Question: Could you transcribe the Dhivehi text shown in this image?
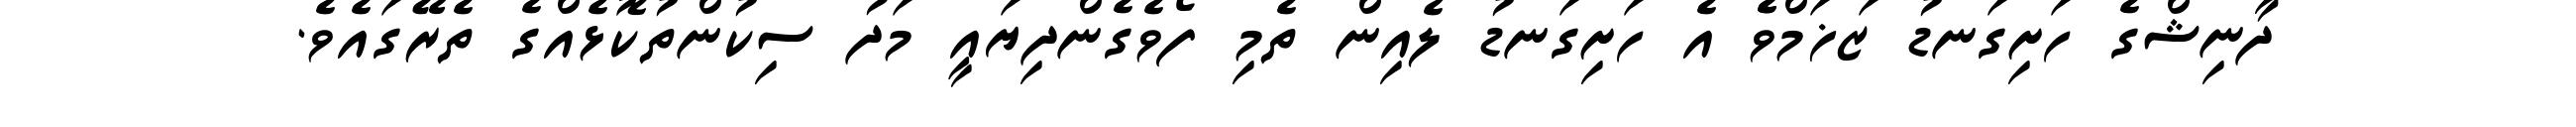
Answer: ދާނިޝްގެ ހަށިގަނޑު ޒަޚަމްވެެ އެ ހަށިގަނޑު ލެއިން ތެމި ފޯވެގެންދިޔައީ މަދު ސިކުންތުކޮޅެއްގެ ތެރޭގައެވެ.